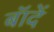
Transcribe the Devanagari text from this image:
बॉदें